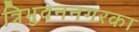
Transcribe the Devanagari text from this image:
त्रिभुवननगरका